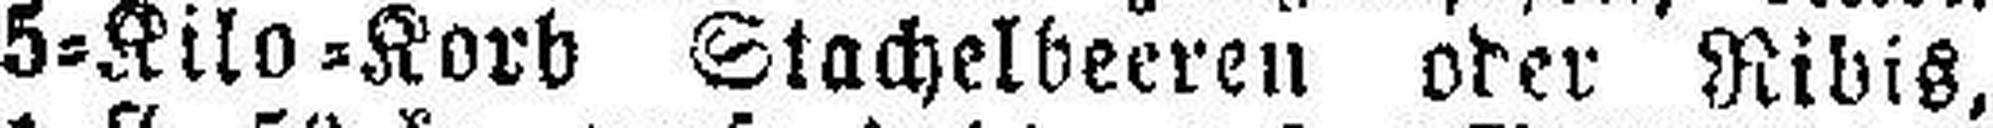
5=Kilo=Korb Stachelbeeren oder Ribis,